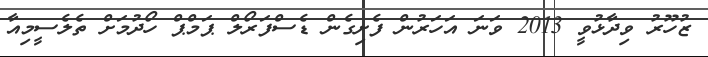
ޒުހޫރު ވިދާޅުވީ 2013 ވަނަ އަހަރުން ފެށިގެން ޑެސްފަރޯލް ޕަމްޕް ހޯދުމަށް ތެލެސީމިއާ